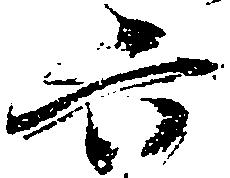
六